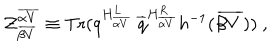
{ \cal Z } _ { \overline { { { \beta V } } } } ^ { \overline { { { \alpha V } } } } \equiv \mathrm { T r } ( q ^ { H _ { \overline { { { \alpha V } } } } ^ { L } } ~ { \overline { { q } } } ^ { H _ { \overline { { { \alpha V } } } } ^ { R } } h ^ { - 1 } ( { \overline { { { \beta V } } } } ) ) ~ ,